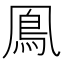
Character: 鳯